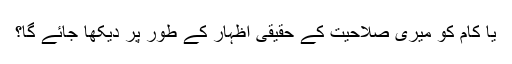
یا کام کو میری صلاحیت کے حقیقی اظہار کے طور پر دیکھا جائے گا؟